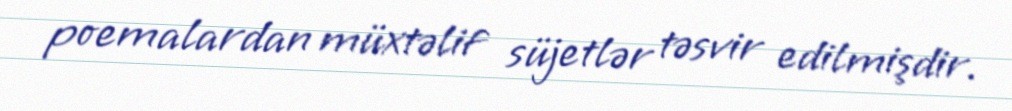
poemalardan müxtəlif süjetlər təsvir edilmişdir.